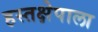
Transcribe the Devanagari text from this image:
हस्तक्षेपाला